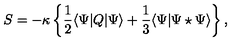
S = - \kappa \left\{ \frac 1 2 \langle \Psi | Q | \Psi \rangle + \frac 1 3 \langle \Psi | \Psi \star \Psi \rangle \right\} ,